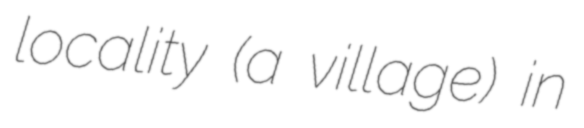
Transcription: locality (a village) in